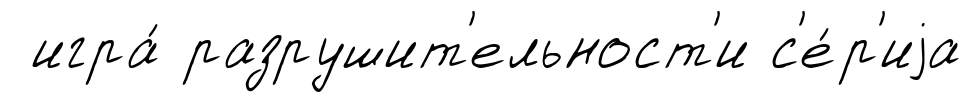
игра́ разрушит'ельност'и с'е́р'иjа